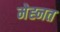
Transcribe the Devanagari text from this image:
मेह्नत